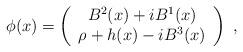
LaTeX: \begin{align*}\phi(x) = \left( \begin{array}{c}B^2(x) + i B^1(x) \\ \rho + h(x) - i B^3(x) \end{array} \right)\,\,,\end{align*}